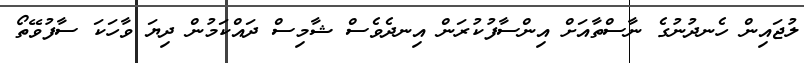
ލުޖައިން ހެނދުނުގެ ނާސްތާއަށް އިންސާފުކުރަން އިނދެވެސް ޝާމިސް ދައްކަމުން ދިޔަ ވާހަކަ ސާފުވޭތޯ